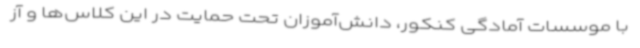
با موسسات آمادگی کنکور، دانش‌آموزان تحت حمایت در این کلاس‌ها و آز